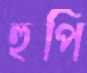
হুপি